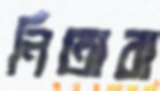
নিতারা